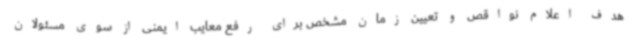
هدف اعلام نواقص و تعیین زمان مشخص برای رفع معایب ایمنی از سوی مسئولان